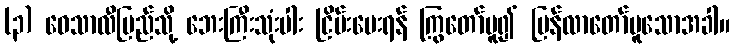
(၃) ဝေသာလီပြည်သို့ ဘေးကြီးသုံးပါး ငြိမ်းပေးရန် ကြွတော်မူ၍ ပြန်လာတော်မူသောအခါ။